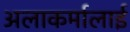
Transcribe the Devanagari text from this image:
अलाकर्मालाई